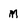
Character: M